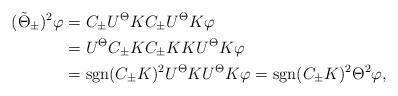
LaTeX: \begin{align*}(\tilde{\Theta}_\pm)^2\varphi&=C_\pm U^\Theta K C_\pm U^\Theta K\varphi\\&=U^\Theta C_\pm K C_\pm K K U^\Theta K\varphi\\&={\rm sgn}(C_\pm K)^2 U^\Theta K U^\Theta K \varphi={\rm sgn}(C_\pm K)^2\Theta^2\varphi,\end{align*}